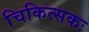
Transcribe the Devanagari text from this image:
चिकित्सकः